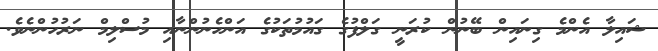
ޝައިލާ އެންމެ ގިނައިން ބޭނުން ކުރަނީ ގަލްފުގެ ގައުމުތަކުގެ އަންހެނުންނާއި މުސްލިމް ނަރުހުންނެވެ.